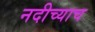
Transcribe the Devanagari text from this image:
नदीच्याच